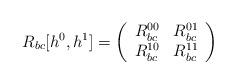
LaTeX: \begin{align*}R_{bc}[h^0, h^1]=\left(\begin{array}{cc}R_{bc}^{00} & R_{bc}^{01} \\R_{bc}^{10} & R_{bc}^{11} \end{array}\right)\end{align*}